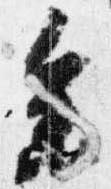
参